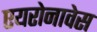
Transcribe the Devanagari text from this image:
एयरोनावेस